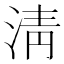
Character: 淸